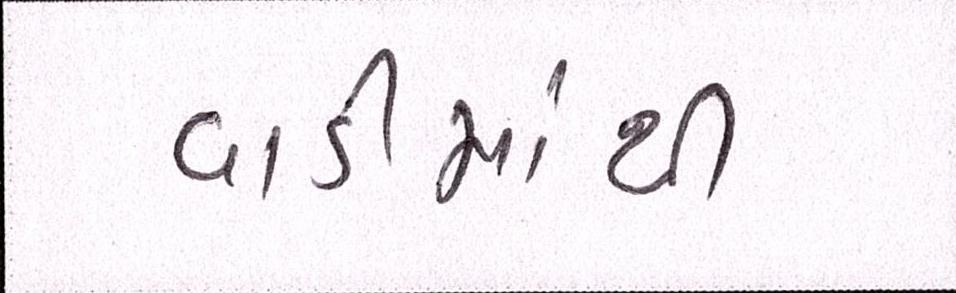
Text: વાડીમાંથી